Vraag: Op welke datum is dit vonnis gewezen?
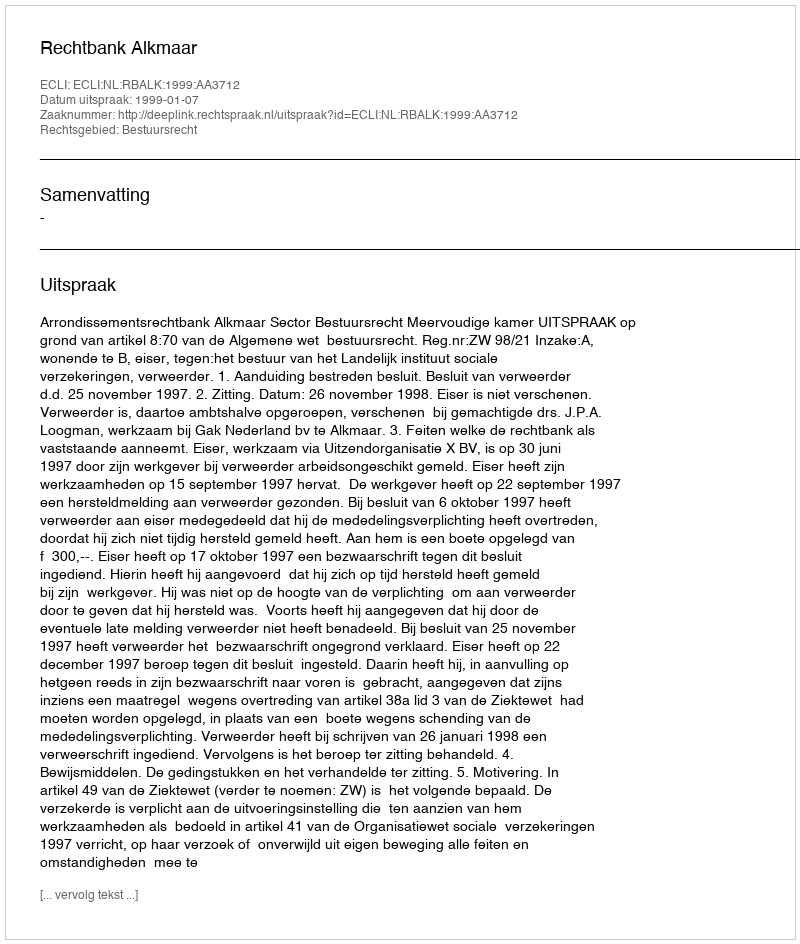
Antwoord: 1999-01-07